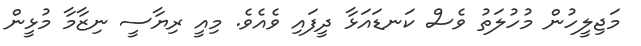
މަޖިލީހުން މުހުލަތު ވެސް ކަނޑައަޅާ ދީފައި ވެއެވެ. މިއީ ރިޔާސީ ނިޒާމާ މުޅީން